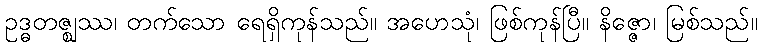
ဥဒ္ဓတဇ္ဈဿ၊ တက်သော ရေရှိကုန်သည်။ အဟေသုံ၊ ဖြစ်ကုန်ပြီ။ နိဇ္ဇော၊ မြစ်သည်။